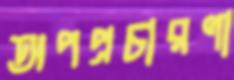
অপপ্রচারণা